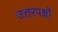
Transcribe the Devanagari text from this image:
उत्तरपक्षों